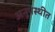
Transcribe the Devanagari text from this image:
अनुपस्थीत